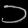
Digit: ၁